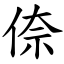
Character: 倷